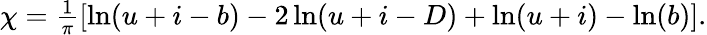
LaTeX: \begin{array}{r}{\chi=\frac{1}{\pi}\left[\ln(u+i-b)-2\ln(u+i-D)+\ln(u+i)-\ln(b)\right].}\end{array}